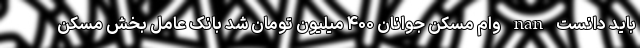
باید دانست nan وام مسکن جوانان ۴۰۰ میلیون تومان شد بانک عامل بخش مسکن